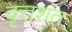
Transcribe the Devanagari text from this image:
वृत्तशत